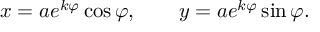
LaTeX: x = a e ^ { k \varphi } \cos \varphi , \qquad y = a e ^ { k \varphi } \sin \varphi .